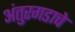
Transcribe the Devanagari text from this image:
अंतुरगडाचे